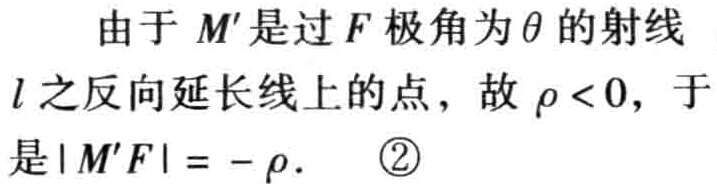
由于 \(M'\) 是过 \(F\) 极角为 \(\theta\) 的射线
\(l\) 之反向延长线上的点，故 \(\rho < 0\)，于
是 \(|M'F| = -\rho\).  \textcircled{2}